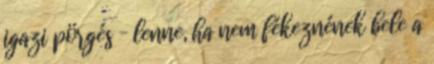
igazi pörgés – lenne, ha nem fékeznének bele a